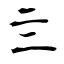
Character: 亖